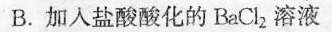
B.加入盐酸酸化的BaCl_{2}溶液